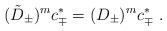
LaTeX: \begin{align*}(\tilde D_\pm)^m c^*_\mp=(D_\pm)^m c^*_\mp\ .\end{align*}